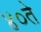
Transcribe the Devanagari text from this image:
४०ते